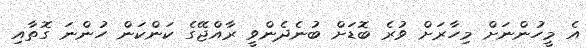
އެ މީހުންނަށް މިހާރަށް ވުރެ ބޮޑަށް ބުނެދެންވީ ރާއްޖޭގެ ކަންކަން ހުންނަ ގޮތާއި